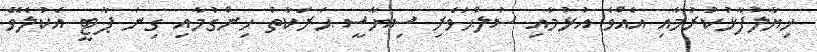
ޚިޔާލުފާޅުކުރުމާއި އެއްވެ އުޅުމާއި ސުލްޙަވެރި ސިޔާސީ ޙަރަކާތް ހިންގުމާއި ގިނަ ޕާޓީ އެކުލެވޭ